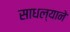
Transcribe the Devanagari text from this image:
साधल्याने